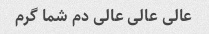
عالی عالی عالی دم شما گرم